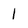
Character: 1